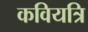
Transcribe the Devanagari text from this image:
कवियत्रि